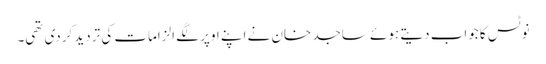
نوٹس کا جواب دیتے ہوئے ساجد خان نے اپنے اوپر لگے الزامات کی تردید کردی تھی۔